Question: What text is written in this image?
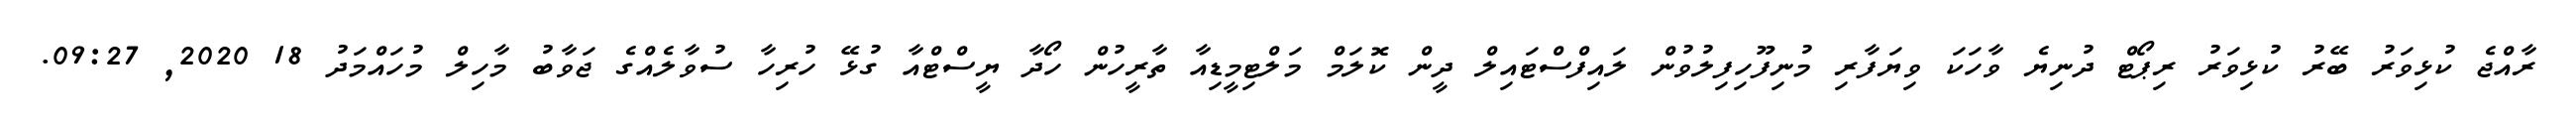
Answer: ރާއްޖެ ކުޅިވަރު ބޭރު ކުޅިވަރު ރިޕޯޓް ދުނިޔެ ވާހަކަ ވިޔަފާރި މުނިފޫހިފިލުވުން ލައިފްސްޓައިލް ދީން ކޮލަމް މަލްޓިމީޑިއާ ތާރީހުން ހޯދާ ޔީސްޓްއާ ގުޅޭ ހުރިހާ ސުވާލެއްގެ ޖަވާބު މާހިލް މުހައްމަދު 18 2020, 09:27.